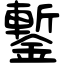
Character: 鏨